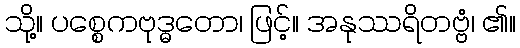
သို့။ ပစ္စေကဗုဒ္ဓတော၊ ဖြင့်။ အနုဿရိတဗ္ဗံ၊ ၏။